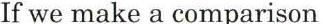
If we make a comparison